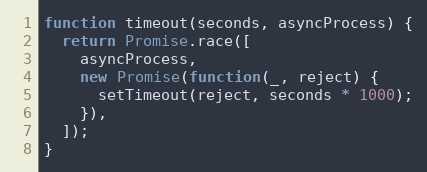
Language: JavaScript
function timeout(seconds, asyncProcess) {
  return Promise.race([
    asyncProcess,
    new Promise(function(_, reject) {
      setTimeout(reject, seconds * 1000);
    }),
  ]);
}